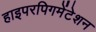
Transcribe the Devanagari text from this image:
हाइपरपिगमेंटेशन